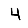
Digit: 4